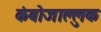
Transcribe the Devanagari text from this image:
कंबोजाल्लुक